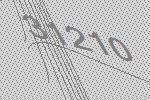
31210